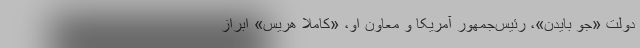
دولت «جو بایدن»، رئیس‌جمهور آمریکا و معاون او، «کاملا هریس» ابراز